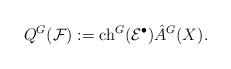
LaTeX: \begin{align*}Q^G({\mathcal F}):= {\rm ch}^G({\mathcal E}^{\bullet})\Hat A^G(X). \end{align*}